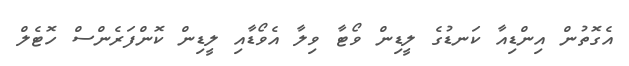
އެގޮތުން އިންޑިއާ ކަނޑުގެ ލީޑިން ވޯޓާ ވިލާ އެވޯޑާއި ލީޑިން ކޮންފަރެންސް ހޮޓެލް